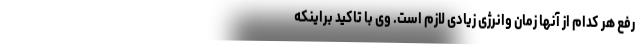
رفع هر کدام از آنها زمان وانرژی زیادی لازم است. وی با تاکید براینکه